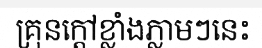
គ្រុនក្តៅខ្លាំងភ្លាមៗនេះ